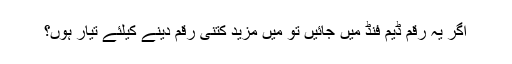
اگر یہ رقم ڈیم فنڈ میں جائیں تو میں مزید کتنی رقم دینے کیلئے تیار ہوں؟